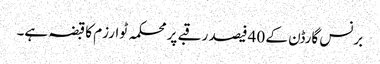
برنس گارڈن کے 40 فیصد رقبے پر محکمہ ٹوارزم کا قبضہ ہے۔